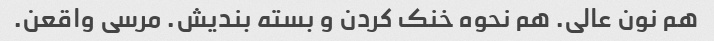
هم نون عالی. هم نحوه خنک کردن و بسته بندیش. مرسی واقعن.